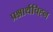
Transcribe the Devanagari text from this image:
प्रश्नार्थचिह्न